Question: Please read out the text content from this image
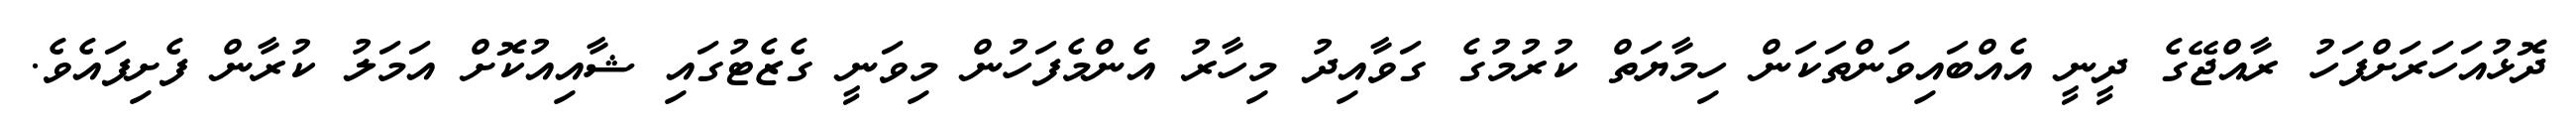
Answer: ދޮޅުއަހަރަށްފަހު ރާއްޖޭގެ ދީނީ އެއްބައިވަންތަކަން ހިމާޔަތް ކުރުމުގެ ގަވާއިދު މިހާރު އެންމެފަހުން މިވަނީ ގެޒެޓުގައި ޝާއިއުކޮށް އަމަލު ކުރާން ފެށިފައެވެ.